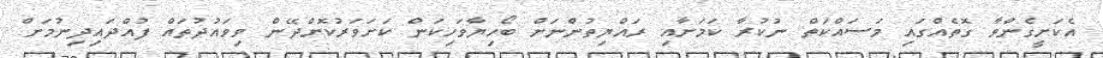
އެކަށީގެންވާ ގޮތެއްގައި މަަސައްކަތް ނުކުރާ ކަމަށާއި ރައްޔިތުންނަށް ބޯހިޔާވަހިކަން ކަށަވަރުކޮށްދޭން ވިވައުދުތައް ފުއްދައިދިނުމަށް